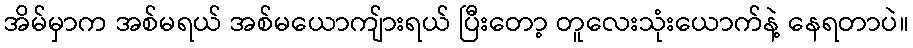
အိမ်မှာက အစ်မရယ် အစ်မယောကျ်ားရယ် ပြီးတော့ တူလေးသုံးယောက်နဲ့ နေရတာပဲ။